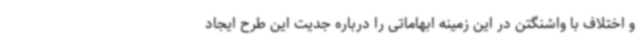
و اختلاف با واشنگتن در این زمینه ابهاماتی را درباره جدیت این طرح ایجاد